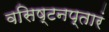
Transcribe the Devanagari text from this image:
वसिष्टनप्तारं